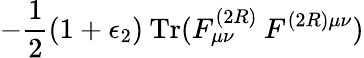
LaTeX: -\frac{1}{2}(1+\epsilon_{2})\: \mathrm{Tr}(F_{\mu\nu}^{(2R)}\: F^{(2R)\mu\nu})